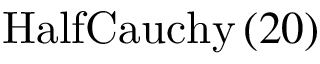
\mathrm { H a l f C a u c h y } \left( 2 0 \right)